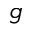
^ g